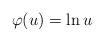
LaTeX: \begin{align*}\varphi (u) = \ln u\end{align*}